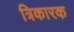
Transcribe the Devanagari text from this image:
त्रिकारक